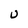
Character: U